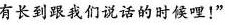
有长到跟我们说话的时候哩!”